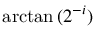
\arctan { ( 2 ^ { - i } ) }